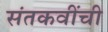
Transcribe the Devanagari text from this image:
संतकवींची